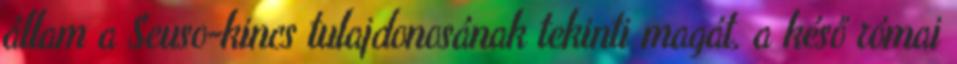
állam a Seuso-kincs tulajdonosának tekinti magát, a késő római